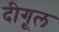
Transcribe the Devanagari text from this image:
दीगूल